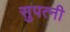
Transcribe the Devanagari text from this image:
सुपत्‍नी